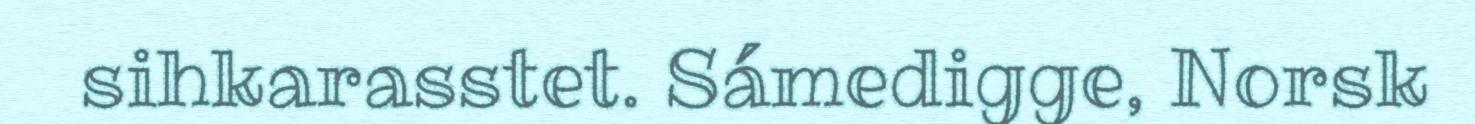
sihkarasstet. Sámedigge, Norsk